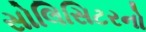
સોલિસિટરનો